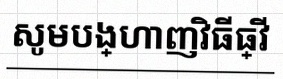
សូមបង្ហាញវិធីធ្វើ